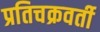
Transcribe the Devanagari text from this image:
प्रतिचक्रवर्ती